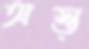
অস্ত্